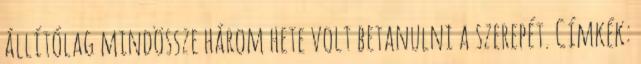
állítólag mindössze három hete volt betanulni a szerepét. Címkék: